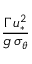
\frac { \Gamma \, u _ { * } ^ { 2 } } { g \, \sigma _ { \theta } }